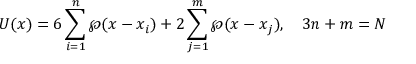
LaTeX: { \cal U } ( x ) = 6 \sum _ { i = 1 } ^ { n } \wp ( x - x _ { i } ) + 2 \sum _ { j = 1 } ^ { m } \wp ( x - x _ { j } ) , \quad 3 n + m = N